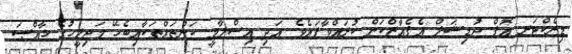
ޑިރެކްޓަރ އޮފް ޖުޑިޝަލް އެފެއާޒްކަން ކުރައްވާފައެވެ. އަދި އިސްލާމީ ކަންތައްތަކާއިބެހޭ މަޖިލީހުގެ ޚާއްޞަ